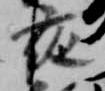
夜